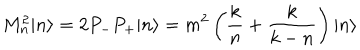
M _ { n } ^ { 2 } | n \rangle = 2 P _ { - } P _ { + } | n \rangle = { m ^ { 2 } } \left( { \frac { k } { n } } + { \frac { k } { k - n } } \right) | n \rangle